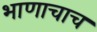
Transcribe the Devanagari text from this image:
भाणाचाच